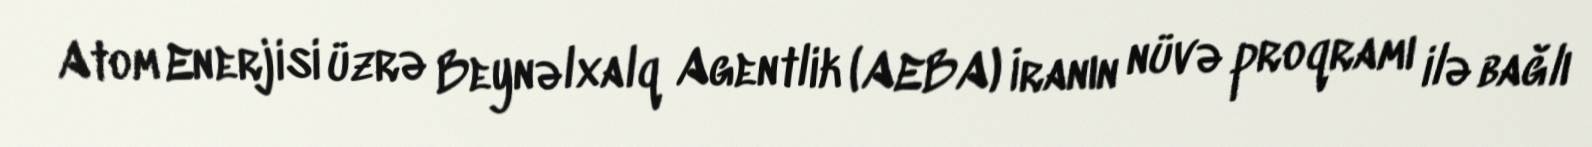
Atom Enerjisi üzrə Beynəlxalq Agentlik (AEBA) İranın nüvə proqramı ilə bağlı